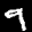
Label: 9